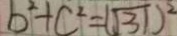
b ^ { 2 } + c ^ { 2 } = ( \sqrt { 3 1 } ) ^ { 2 }